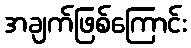
အချက်ဖြစ်ကြောင်း